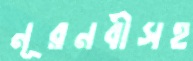
নূরনবীসহ